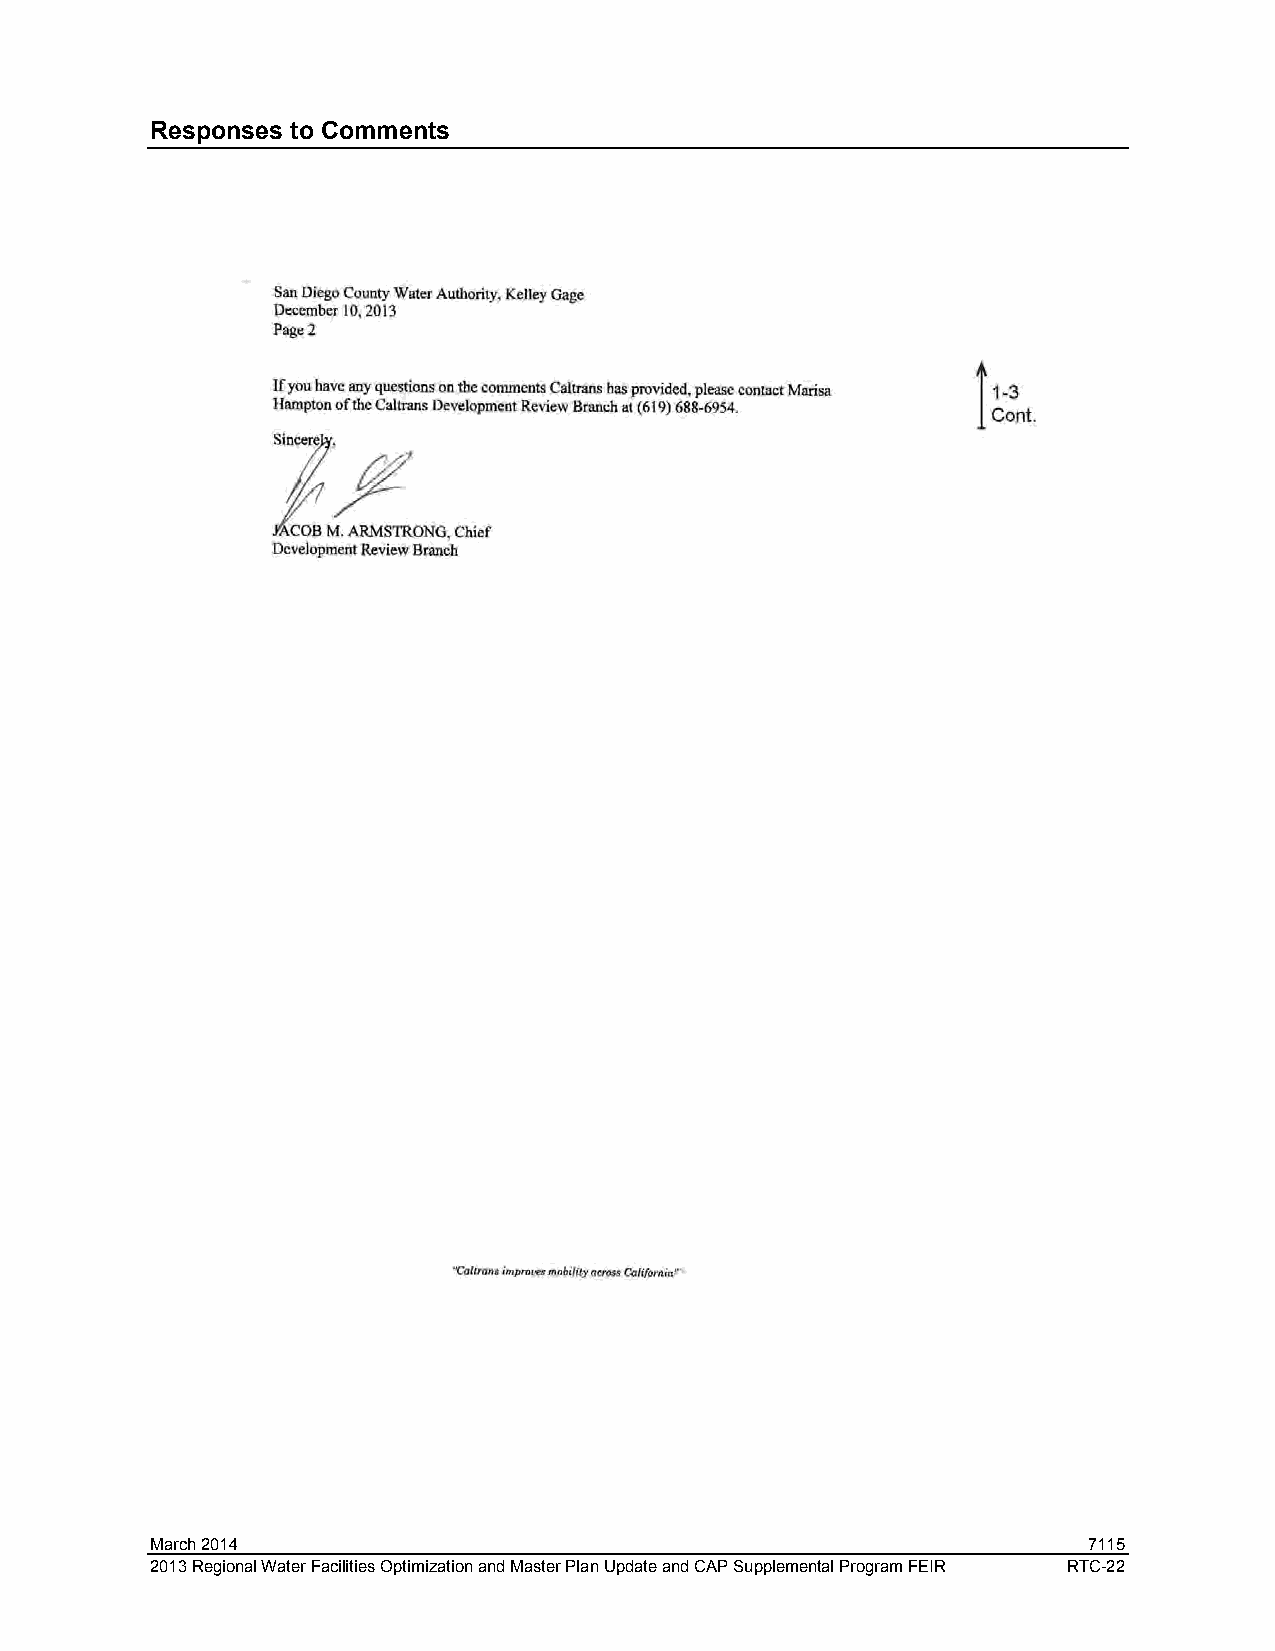
Responses to Comments
 March 2014                                                    7115
 2013 Regional Water Facilities Optimization and Master Plan Update and CAP Supplemental Program FEIR RTC-22